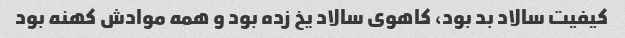
کیفیت سالاد بد بود، کاهوی سالاد یخ زده بود و همه موادش کهنه بود